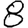
Digit: 8